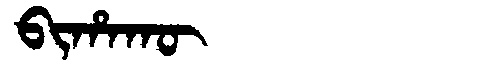
Manchu: ᠪᡳᡥᠠᡴᡡ
Romanization: BIHAKŪ